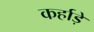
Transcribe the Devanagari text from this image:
कर्हाड़े